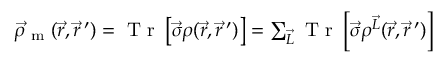
\begin{array} { r } { \vec { \rho } _ { \textrm { m } } ( \vec { r } , \vec { r } \, ^ { \prime } ) = \textrm { T r } \left[ \vec { \boldsymbol { \sigma } } \boldsymbol { \rho } ( \vec { r } , \vec { r } \, ^ { \prime } ) \right] = \sum _ { \vec { L } } \textrm { T r } \left[ \vec { \boldsymbol { \sigma } } \boldsymbol { \rho } ^ { \vec { L } } ( \vec { r } , \vec { r } \, ^ { \prime } ) \right] } \end{array}